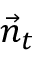
\vec { n } _ { t }